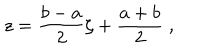
z = { \frac { b - a } { 2 } } \zeta + { \frac { a + b } { 2 } } \; ,